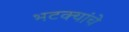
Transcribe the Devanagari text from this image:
भटक्यांचे